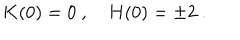
LaTeX: K ( 0 ) = 0 \ , \quad H ( 0 ) = \pm 2 \ .